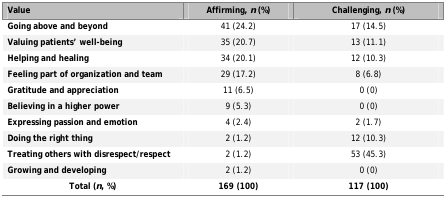
<table><thead><tr><td><b>Value</b></td><td><b>Affirming, <i>n</i> (%)</b></td><td><b>Challenging, <i>n</i> (%)</b></td></tr></thead><tbody><tr><td><b>Going above and beyond</b></td><td>41 (24.2)</td><td>17 (14.5)</td></tr><tr><td><b>Valuing patients’ well-being</b></td><td>35 (20.7)</td><td>13 (11.1)</td></tr><tr><td><b>Helping and healing</b></td><td>34 (20.1)</td><td>12 (10.3)</td></tr><tr><td><b>Feeling part of organization and team</b></td><td>29 (17.2)</td><td>8 (6.8)</td></tr><tr><td><b>Gratitude and appreciation</b></td><td>11 (6.5)</td><td>0 (0)</td></tr><tr><td><b>Believing in a higher power</b></td><td>9 (5.3)</td><td>0 (0)</td></tr><tr><td><b>Expressing passion and emotion</b></td><td>4 (2.4)</td><td>2 (1.7)</td></tr><tr><td><b>Doing the right thing</b></td><td>2 (1.2)</td><td>12 (10.3)</td></tr><tr><td><b>Treating others with disrespect/respect</b></td><td>2 (1.2)</td><td>53 (45.3)</td></tr><tr><td><b>Growing and developing</b></td><td>2 (1.2)</td><td>0 (0)</td></tr><tr><td><b>Total (<i>n</i>, %)</b></td><td><b>169 (100)</b></td><td><b>117 (100)</b></td></tr></tbody></table>